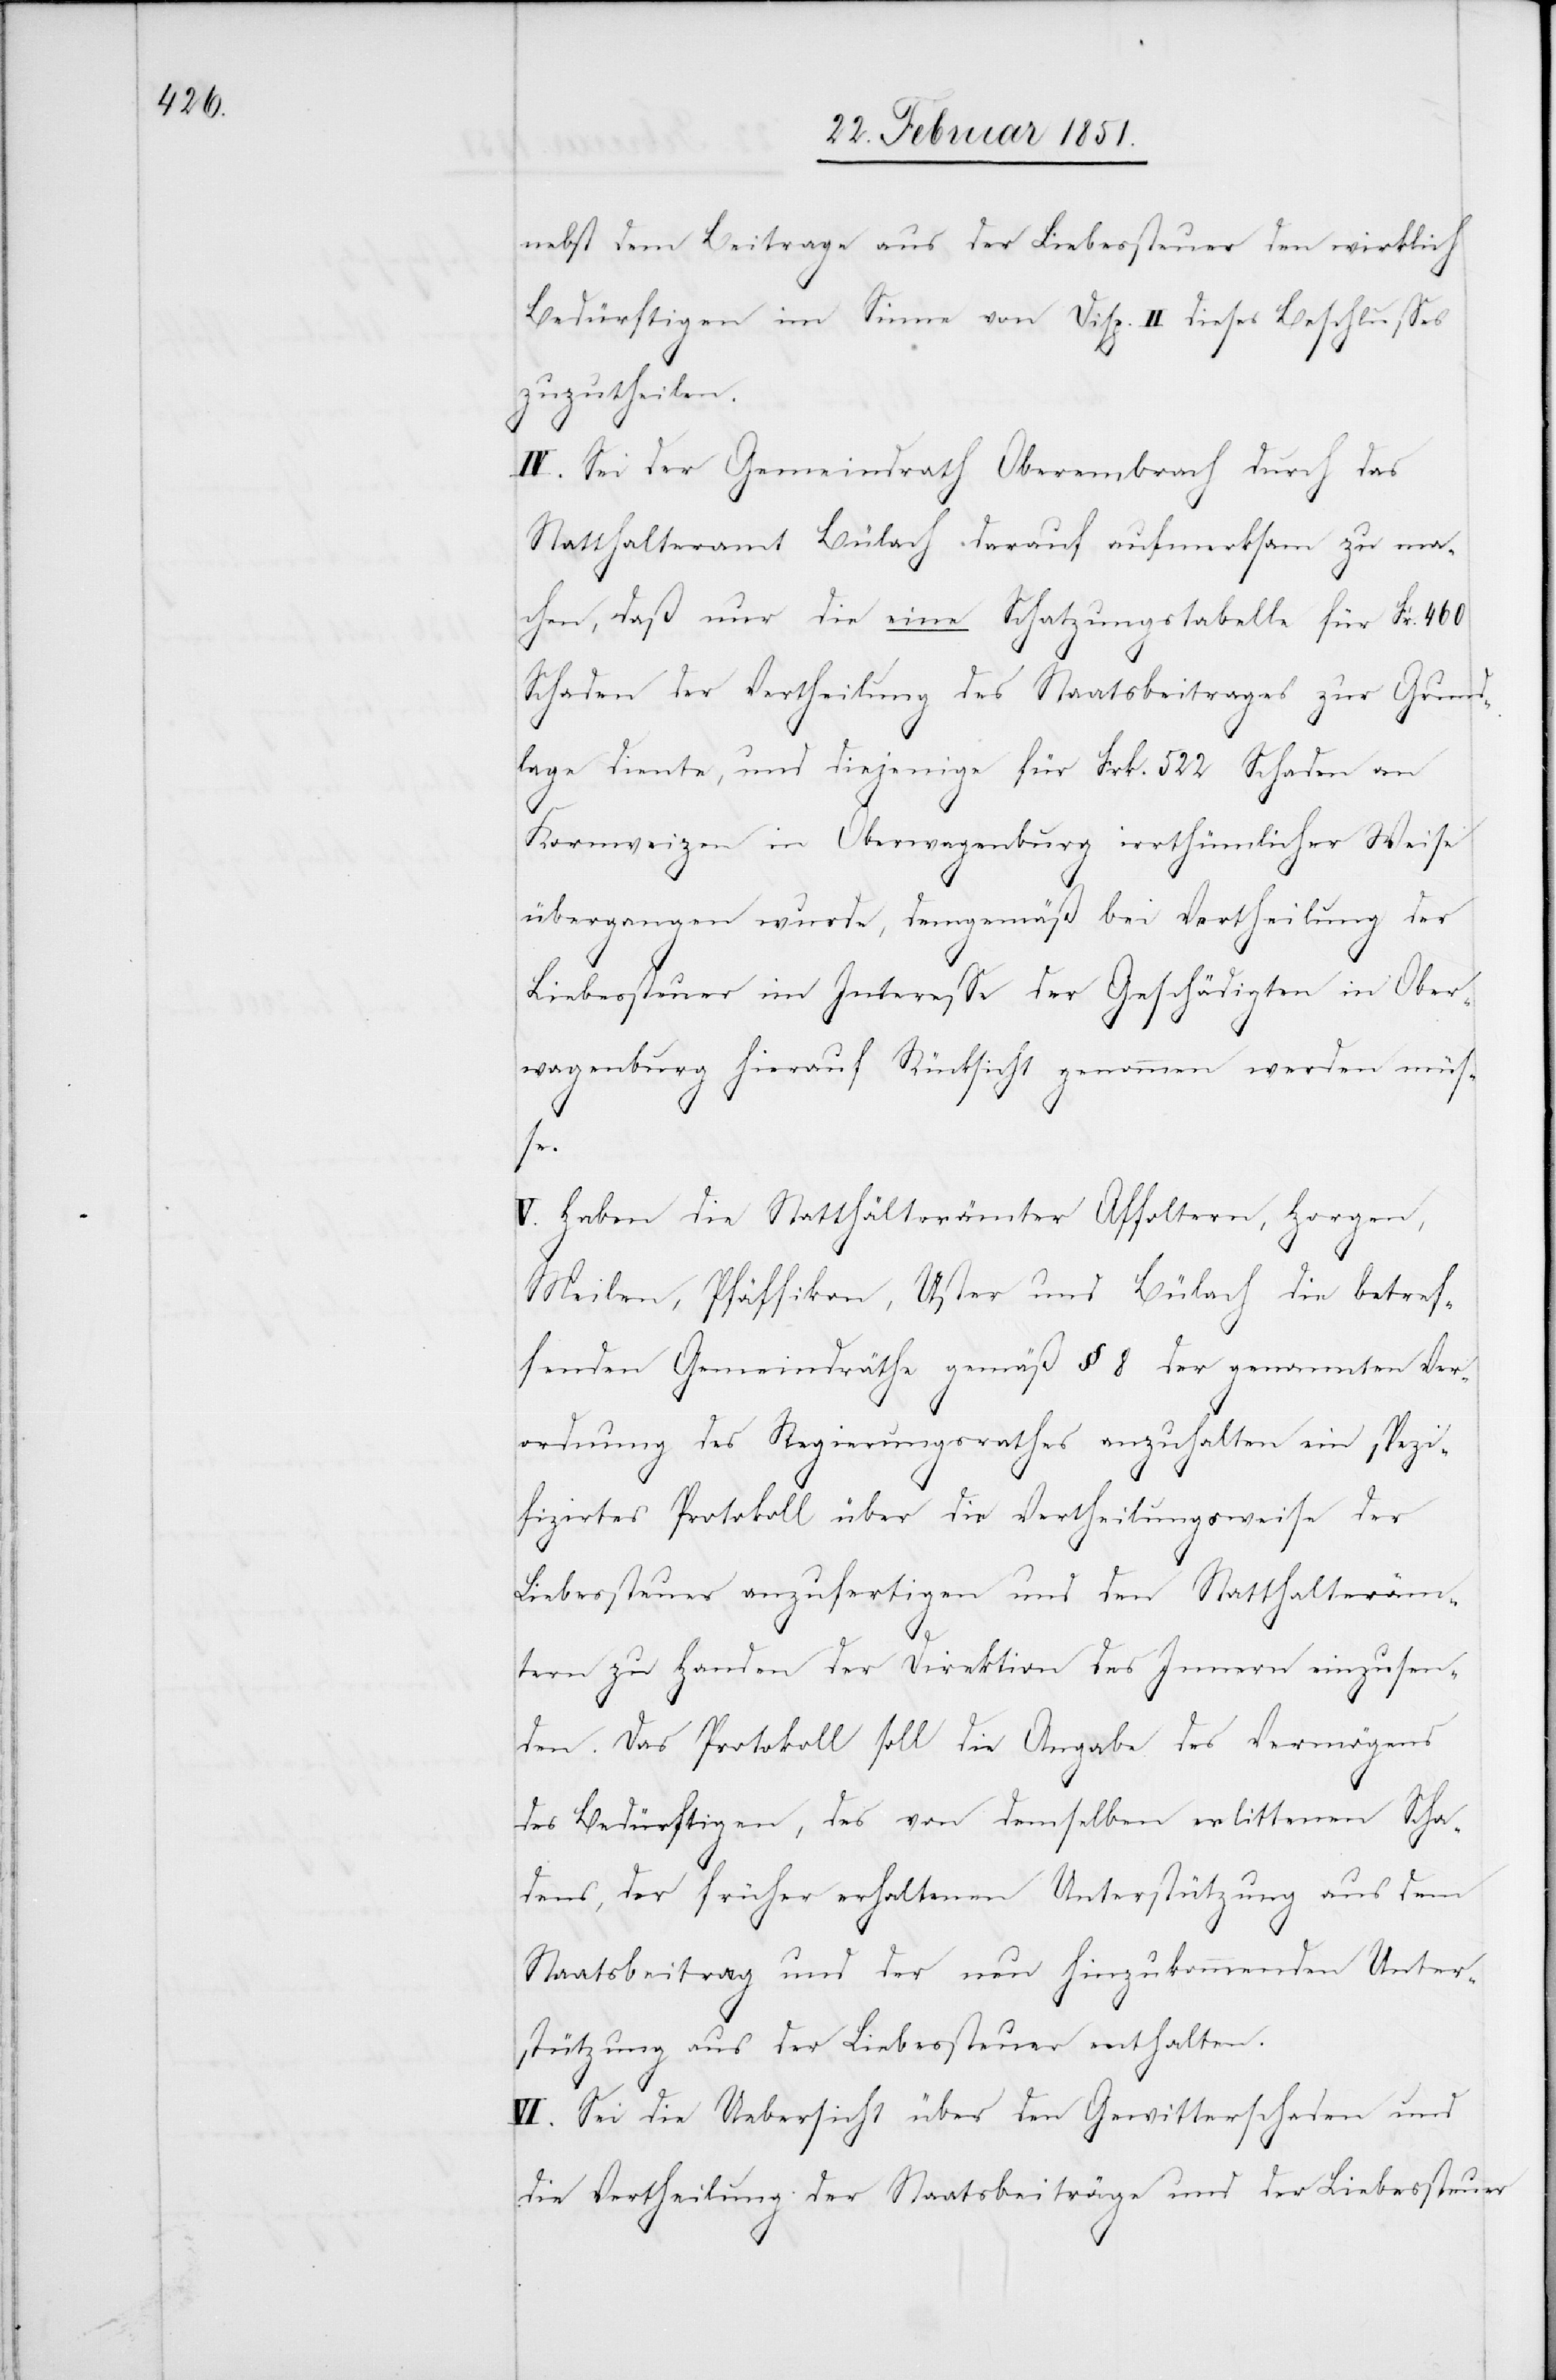
nebst dem Beitrage aus der Liebessteuer den wirklich
Bedürftigen im Sinne von Disp. II dieses Beschlusses
zuzutheilen.
IV. Sei der Gemeindrath Oberembrach durch das
Statthalteramt Bülach darauf aufmerksam zu ma¬
chen, daß nur die eine Schatzungstabelle für Fr. 460
Schaden der Vertheilung des Staatsbeitrages zur Grund¬
lage diente, und diejenige für Frk. 522 Schaden an
Kornweizen in Oberwagenburg irrthümlicher Weise
übergangen wurde, demgemäß bei Vertheilung der
Liebessteuer im Interesse der Geschädigten in Ober¬
wagenburg hierauf Rücksicht genommen werden müs¬
se.
V. Haben die Statthälterämter [sic!] Affoltern, Horgen,
Meilen, Pfäffikon, Uster und Bülach die betref¬
fenden Gemeindräthe gemäß § 8 der genannten Ver¬
ordnung des Regierungsrathes anzuhalten ein spezi¬
fizirtes Protokoll über die Vertheilungsweise der
Liebessteuer anzufertigen und den Statthalteräm¬
tern zu Handen der Direktion des Innern einzusen¬
den. Das Protokoll soll die Angabe des Vermögens
des Bedürftigen, des von demselben erlittenen Scha¬
dens, der früher erhaltenen Unterstützung aus dem
Staatsbeitrag und der neu hinzukommenden Unter¬
stützung aus der Liebessteuer enthalten.
VI. Sei die Uebersicht über den Gewitterschaden und
die Vertheilung der Staatsbeiträge und der Liebessteuer